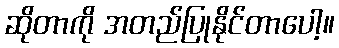
ဆိုတာကို အတည်ပြုနိုင်တာပေါ့။